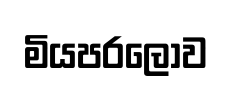
මියපරලොව